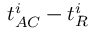
t _ { A C } ^ { i } - t _ { R } ^ { i }